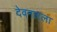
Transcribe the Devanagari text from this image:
देवनारला